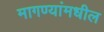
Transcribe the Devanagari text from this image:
मागण्यांमधील